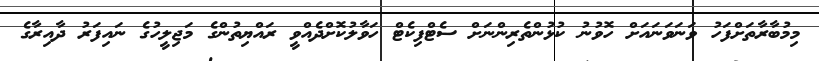
މިމުބާރާތަށްފަހު ވަނަވަނައަށް ހޮވުނު ކުޅުންތެރިންނަށް ސެޓްފިކެޓް ހަވާލުކޮށްދެއްވީ ރައްޔިތުންގެ މަޖިލީހުގެ ނައިފަރު ދާއިރާގެ